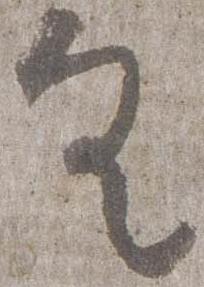
具